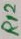
Text: R12